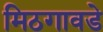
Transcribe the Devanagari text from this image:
मिठगावडे